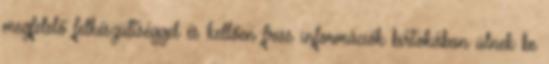
megfelelő felkészültséggel és kellően friss információk birtokában ülnek be